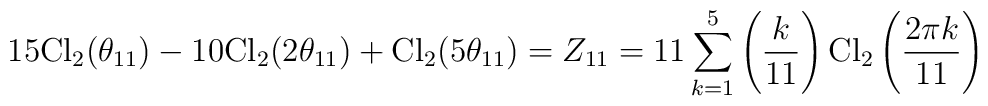
15{\rm Cl}_2(\theta_{11})-10{\rm Cl}_2(2\theta_{11})+{\rm Cl}_2(5\theta_{11})=Z_{11}=11\sum_{k=1}^5\left(\frac{k}{11}\right){\rm Cl}_2\left(\frac{2\pi k}{11}\right)